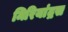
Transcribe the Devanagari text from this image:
मिरियांद्रस